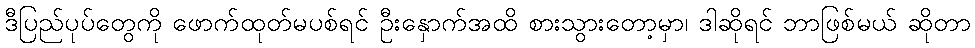
ဒီပြည်ပုပ်တွေကို ဖောက်ထုတ်မပစ်ရင် ဦးနှောက်အထိ စားသွားတော့မှာ၊ ဒါဆိုရင် ဘာဖြစ်မယ် ဆိုတာ